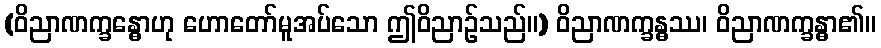
(ဝိညာဏက္ခန္ဓောဟု ဟောတော်မူအပ်သော ဤဝိညာဉ်သည်။) ဝိညာဏက္ခန္ဓဿ၊ ဝိညာဏက္ခန္ဓာ၏။